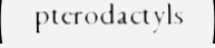
pterodactyls